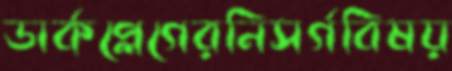
ডার্কপ্লেগেরনিসর্গবিষয়